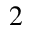
2